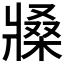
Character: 𤖒